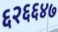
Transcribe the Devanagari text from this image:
६२६६४७